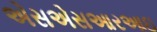
એસએસઆરઆઇ